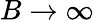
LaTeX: B\to\infty